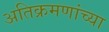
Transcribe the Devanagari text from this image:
अतिक्रमणांच्या